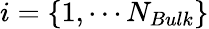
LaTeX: i=\{ 1,\cdots N_{Bulk}\}